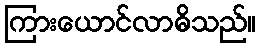
ကြားယောင်လာဓိသည်။